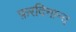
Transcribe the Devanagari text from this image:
फ़रदिनान्द